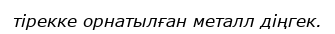
тірекке орнатылған металл діңгек.